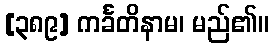
[၃၈၉] ကင်္ခတိနာမ၊ မည်၏။